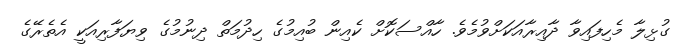
ގުޅިލާ މެހިފައިވާ ދާއިރާއަކަށްވުމެވެ. ހާއްސަކޮށް ކެއިން ބުއިމުގެ ހިދުމަތް ދިނުމުގެ ވިޔަފާރިއަކީ އެތެރޭގެ